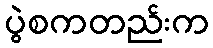
ပွဲစကတည်းက